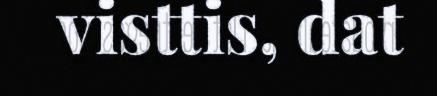
visttis, dat